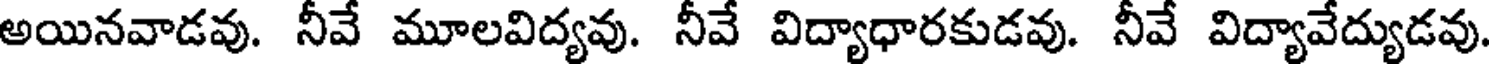
అయినవాడవు. నీవే మూలవిద్యవు. నీవే విద్యాధారకుడవు. నీవే విద్యావేద్యుడవు